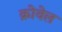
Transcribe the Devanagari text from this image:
क्रोवेल